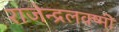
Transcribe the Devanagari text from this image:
राजेन्द्रलक्ष्मी